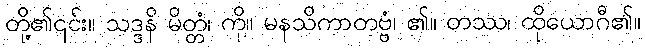
တို့၏၎င်း။ သဒ္ဒနိ မိတ္တံ၊ ကို။ မနသိကာတဗ္ဗံ၊ ၏။ တဿ၊ ထိုယောဂီ၏။